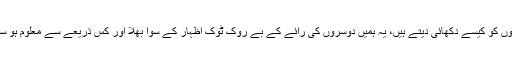
ہم دوسروں کو کیسے دکھائی دیتے ہیں، یہ ہمیں دوسروں کی رائے کے بے روک ٹوک اظہار کے سوا بھلا اور کس ذریعے سے معلوم ہو سکتا ہے؟